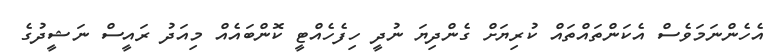
އެހެންނަމަވެސް އެކަންތައްތައް ކުރިޔަށް ގެންދިޔަ ނުދީ ހިފެހެއްޓީ ކޮންބައެއް މިއަދު ރައީސް ނަޝީދުގެ